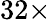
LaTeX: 32\times